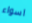
اسواء